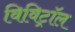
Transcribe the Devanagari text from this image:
विविट्रॉल